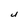
Character: U